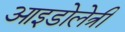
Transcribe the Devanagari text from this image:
आइडोलेत्री